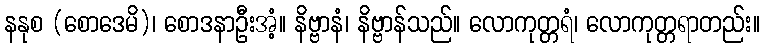
နနုစ (စောဒေမိ)၊ စောဒနာဦးအံ့။ နိဗ္ဗာနံ၊ နိဗ္ဗာန်သည်။ လောကုတ္တရံ၊ လောကုတ္တရာတည်း။